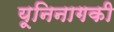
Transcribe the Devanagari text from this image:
यूनिनागकी